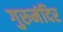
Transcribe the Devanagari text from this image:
गुरुमंदिर